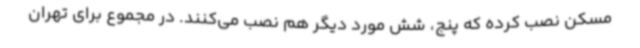
مسکن نصب کرده که پنج، شش مورد دیگر هم نصب می‌کنند. در مجموع برای تهران